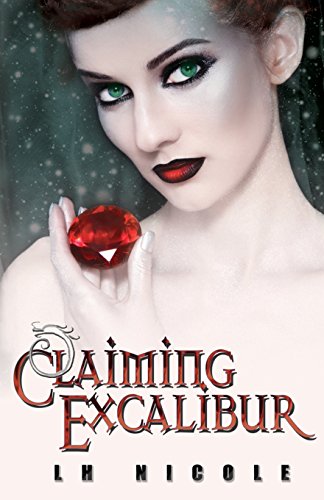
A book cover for Claiming Excalibur (The Legendary Series); L.H. Nicole; Teen & Young Adult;